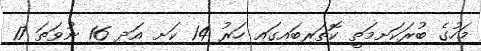
މަހުގެ ބުރަކަށިމަތީ ކޮތަރިބައިގައި ހަރު 14 ކަށި އަދި 16 ނުވަތަ 17